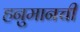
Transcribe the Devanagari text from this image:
हनुमानची